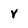
Character: v